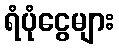
ရံပုံငွေများ